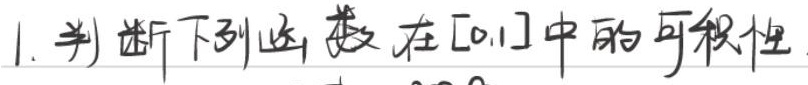
1. 判断下列函数在 \([0,1]\) 中的可积性。